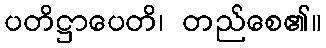
ပတိဋ္ဌာပေတိ၊ တည်စေ၏။